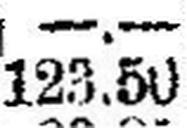
123.50